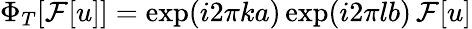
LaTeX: \Phi_{T}[\mathcal{F}[u]]=\exp(i2\pi ka)\exp(i2\pi lb)\, \mathcal{F}[u]